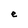
Character: e